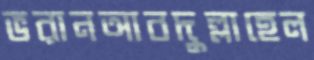
ভরানআবদুল্লাহেল